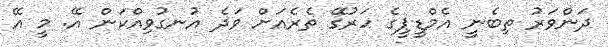
ދަންވަރު ތިބެނީ އެމްޑީޕީގެ ހަރުގޭ ތެރެއަށް ވަދެ އުނގުވިއްކަން އޭ. މީ އޭ